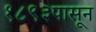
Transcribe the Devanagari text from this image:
१८९३पासून